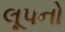
લૂપનો